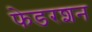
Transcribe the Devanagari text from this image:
फेडरशन